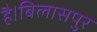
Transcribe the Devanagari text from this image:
है।बिलासपुर